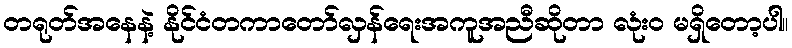
တရုတ်အနေနဲ့ နိုင်ငံတကာတော်လှန်ရေးအကူအညီဆိုတာ လုံးဝ မရှိတော့ပါ။